Scottish Leaving Certificate Examination, 1952
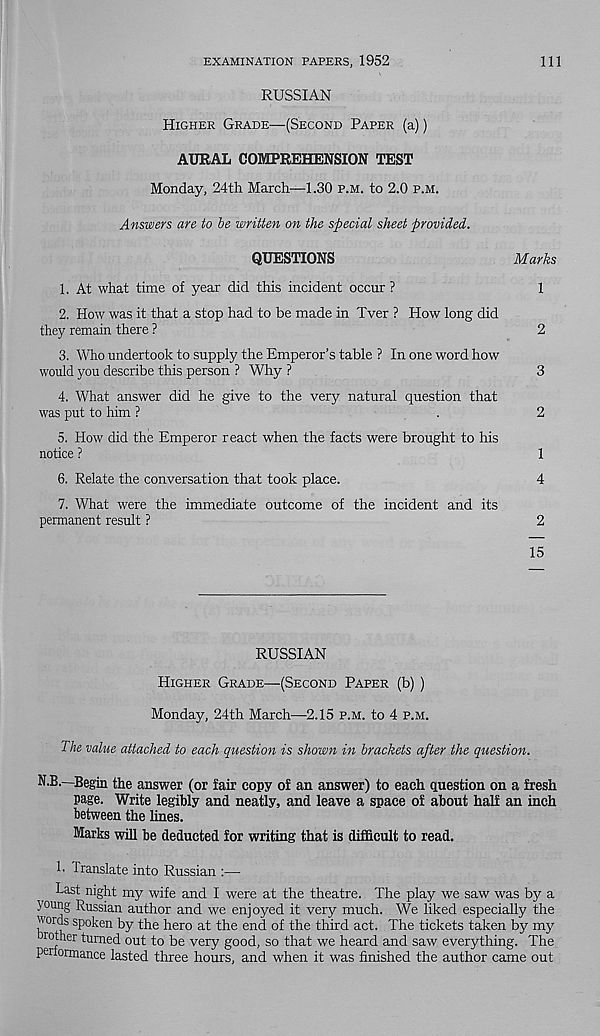
EXAMINATION PAPERS, 1952
111
RUSSIAN
Higher Grade—(Second Paper (a))
AURAL COMPREHENSION TEST
Monday, 24th March—1.30 p.m. to 2.0 p.m.
Answers are to be written on the special sheet provided.
QUESTIONS
Marks
1. At what time of year did this incident occur ?
1
2. How was it that a stop had to be made in Tver ? How long did
they remain there ?
2
3. Who undertook to supply the Emperor’s table ? In one word how
would you describe this person ? Why ?
3
4. What answer did he give to the very natural question that
was put to him ?
.
2
5. How did the Emperor react when the facts were brought to his
notice ?
1
6. Relate the conversation that took place.
4
7. What were the immediate outcome of the incident and its
permanent result ?
2
15
RUSSIAN
Higher Grade—(Second Paper (b) )
Monday, 24th March—2.15 p.m. to 4 p.m.
The value attached to each question is shown in brackets after the question.
N.B.—Begin the answer (or fair copy of an answer) to each question on a fresh
page. Write legibly and neatly, and leave a space of about half an inch
between the lines.
Marks will be deducted for writing that is difficult to read.
!• Translate into Russian :—
Last night my wife and I were at the theatre. The play we saw was by a
young Russian author and we enjoyed it very much. We liked especially the
words spoken by the hero at the end of the third act. The tickets taken by my
rother turned out to be very good, so that we heard and saw everything. The
periormance lasted three hours, and when it was finished the author came out